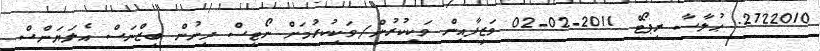
2722010. ޙުލާސާ ރިޕޯޓް 2011-02-02 ވަޒީފާއިން ވަކިކުރުން/ވަކިކުރުމަށް ނޯޓިސް ދިނުން ބިޒްނަސް އެލަޔަންސް